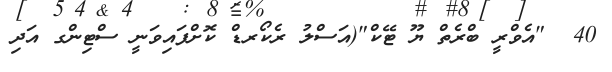
40  "އެވްރީ ބްރެތް ޔޫ ޓޭކް"(އަސްލު ރެކޯރޑް ކޮށްފައިވަނީ ސްޓިންގ އަދި